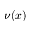
\nu ( x )